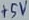
Text: +5V